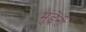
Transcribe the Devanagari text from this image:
मुंडेंऩी